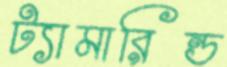
ট্যামারিন্ড